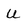
Character: U